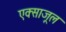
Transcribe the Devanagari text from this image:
एक्साजूल